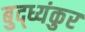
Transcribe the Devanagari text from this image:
बुद्ध्यंकुर